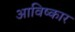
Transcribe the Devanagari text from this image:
आविष्‍कार